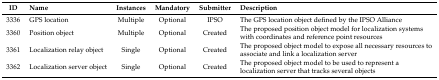
<table><thead><tr><td><b>ID</b></td><td><b>Name</b></td><td><b>Instances</b></td><td><b>Mandatory</b></td><td><b>Submitter</b></td><td><b>Description</b></td></tr></thead><tbody><tr><td>3336</td><td>GPS location</td><td>Multiple</td><td>Optional</td><td>IPSO</td><td>The GPS location object defined by the IPSO Alliance</td></tr><tr><td>3360</td><td>Position object</td><td>Multiple</td><td>Optional</td><td>Created</td><td>The proposed position object model for localization systems with coordinates and reference point resources</td></tr><tr><td>3361</td><td>Localization relay object</td><td>Single</td><td>Optional</td><td>Created</td><td>The proposed object model to expose all necessary resources to associate and link a localization server</td></tr><tr><td>3362</td><td>Localization server object</td><td>Single</td><td>Optional</td><td>Created</td><td>The proposed object model to be used to represent a localization server that tracks several objects</td></tr></tbody></table>